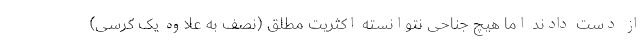
از دست دادند اما هیچ جناحی نتوانسته اکثریت مطلق (نصف به علاوه یک کرسی)